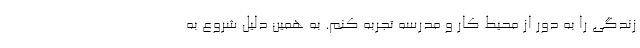
زندگی را به دور از محیط کار و مدرسه تجربه کنم. به همین دلیل شروع به